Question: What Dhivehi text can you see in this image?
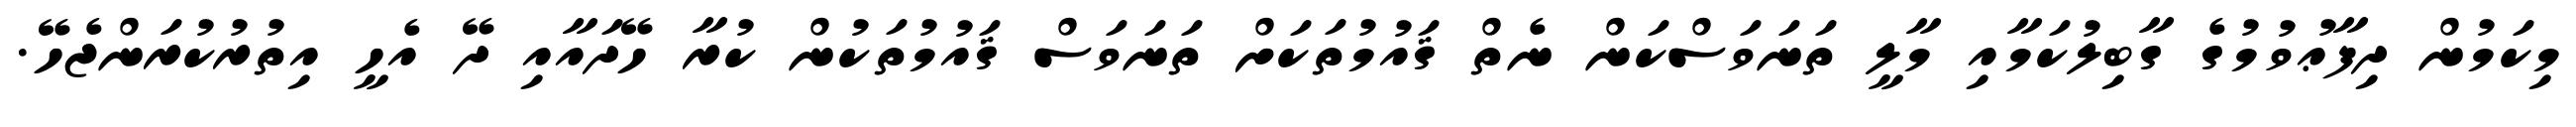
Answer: މިކަމުން ދިފާޢުވުމުގެ ގާބިލުކަމާއި މާލީ ތަނަވަސްކަން ނެތް ޤައުމުތަކަށް ތަނަވަސް ޤައުމުތަކުން ކުރާ ހޭދައާއި ދޭ އެހީ އިތުރުކުރަންޖެހޭ.